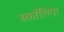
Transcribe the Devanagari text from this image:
स्कॉलिया